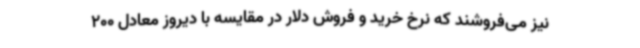
نیز می‌فروشند که نرخ خرید و فروش دلار در مقایسه با دیروز معادل 200